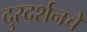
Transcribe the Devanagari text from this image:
दुरदर्शनचे